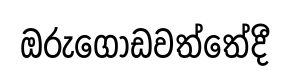
ඔරුගොඩවත්තේදී